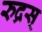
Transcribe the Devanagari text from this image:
रुद्रस्